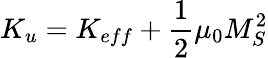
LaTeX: K_{u}=K_{eff}+\frac{1}{2}\mu_{0}M_{S}^{2}